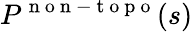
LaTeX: P^{\mathrm{~n~o~n~-~t~o~p~o~}}(s)